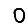
Digit: 0